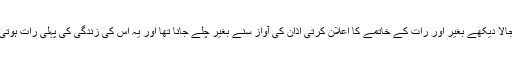
اسے پہلے سے معلوم تھا کہ آج رات کسی بھی وقت اسے اجالا دیکھے بغیر اور رات کے خاتمے کا اعلان کرتی اذان کی آواز سنے بغیر چلے جانا تھا اور یہ اس کی زندگی کی پہلی رات ہوتی جس کا اختتام اس کے عمر بھر کے معمول کے بغیر ہوتا۔